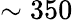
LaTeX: \sim 350